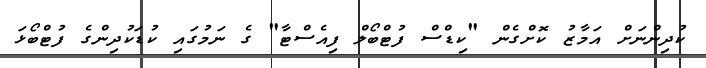
ކުދިންނަށް އަމާޒު ކޮށްގެން "ކިޑްސް ފުޓްބޯލް ފިއެސްޓާ" ގެ ނަމުގައި ކުޑަކުދިންގެ ފުޓްބޯޅަ